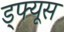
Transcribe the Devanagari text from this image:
ड्फ्यूस